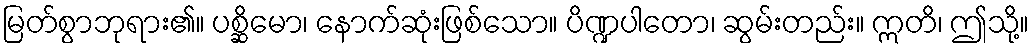
မြတ်စွာဘုရား၏။ ပစ္ဆိမော၊ နောက်ဆုံးဖြစ်သော။ ပိဏ္ဍပါတော၊ ဆွမ်းတည်း။ ဣတိ၊ ဤသို့။